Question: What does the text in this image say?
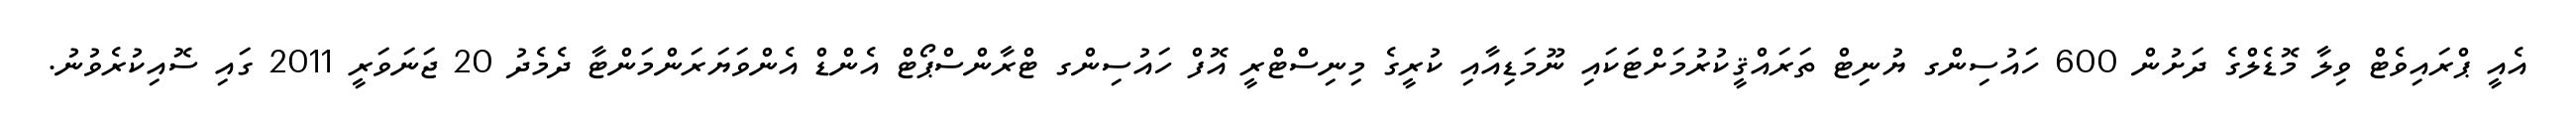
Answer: އެއީ ޕްރައިވެޓް ވިލާ މޮޑެލްގެ ދަށުން 600 ހައުސިންގ ޔުނިޓް ތަރައްޤީކުރުމަށްޓަކައި ނޫމަޑިއާއި ކުރީގެ މިނިސްޓްރީ އޮފް ހައުސިންގ ޓްރާންސްޕޯޓް އެންޑް އެންވަޔަރަންމަންޓާ ދެމެދު 20 ޖަނަވަރީ 2011 ގައި ސޮއިކުރެވުނު.